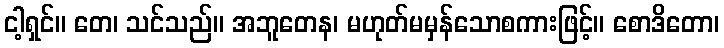
ငါ့ရှင်။ တေ၊ သင်သည်။ အဘူတေန၊ မဟုတ်မမှန်သောစကားဖြင့်။ စောဒိတော၊